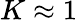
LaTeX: K\approx 1